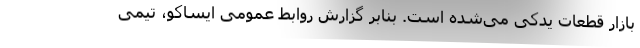
بازار قطعات یدکی می‌شده است. بنابر گزارش روابط عمومی ایساکو، تیمی